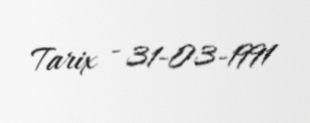
Tarix - 31-03-1991